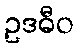
ဥဒဓီဝ